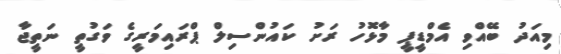
މިއަދު ބޭއްވި އެމްޑީޕީ މާޅޮހު ރަށު ކައުންސިލް ޕްރައިމަރީގެ ވަގުތީ ނަތީޖާ